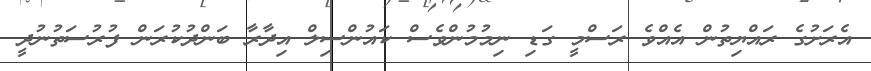
އެރަށުގެ ރައްޔިތުން އެއްވެ ރަސްމީ ގަޑި ނިމުމުންވެސް ކައުންސިލް އިދާރާ ބަންދުކުރަން ފުރުސަތުނުދީ